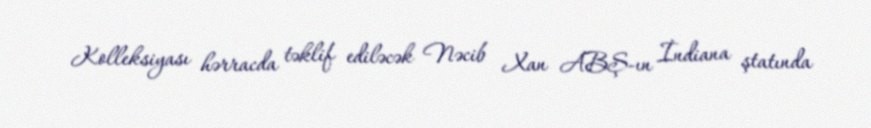
Kolleksiyası hərracda təklif ediləcək Nəcib Xan ABŞ-ın İndiana ştatında